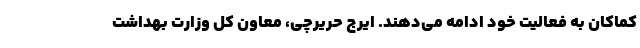
کماکان به فعالیت خود ادامه می‌دهند. ایرج حریرچی، معاون کل وزارت بهداشت